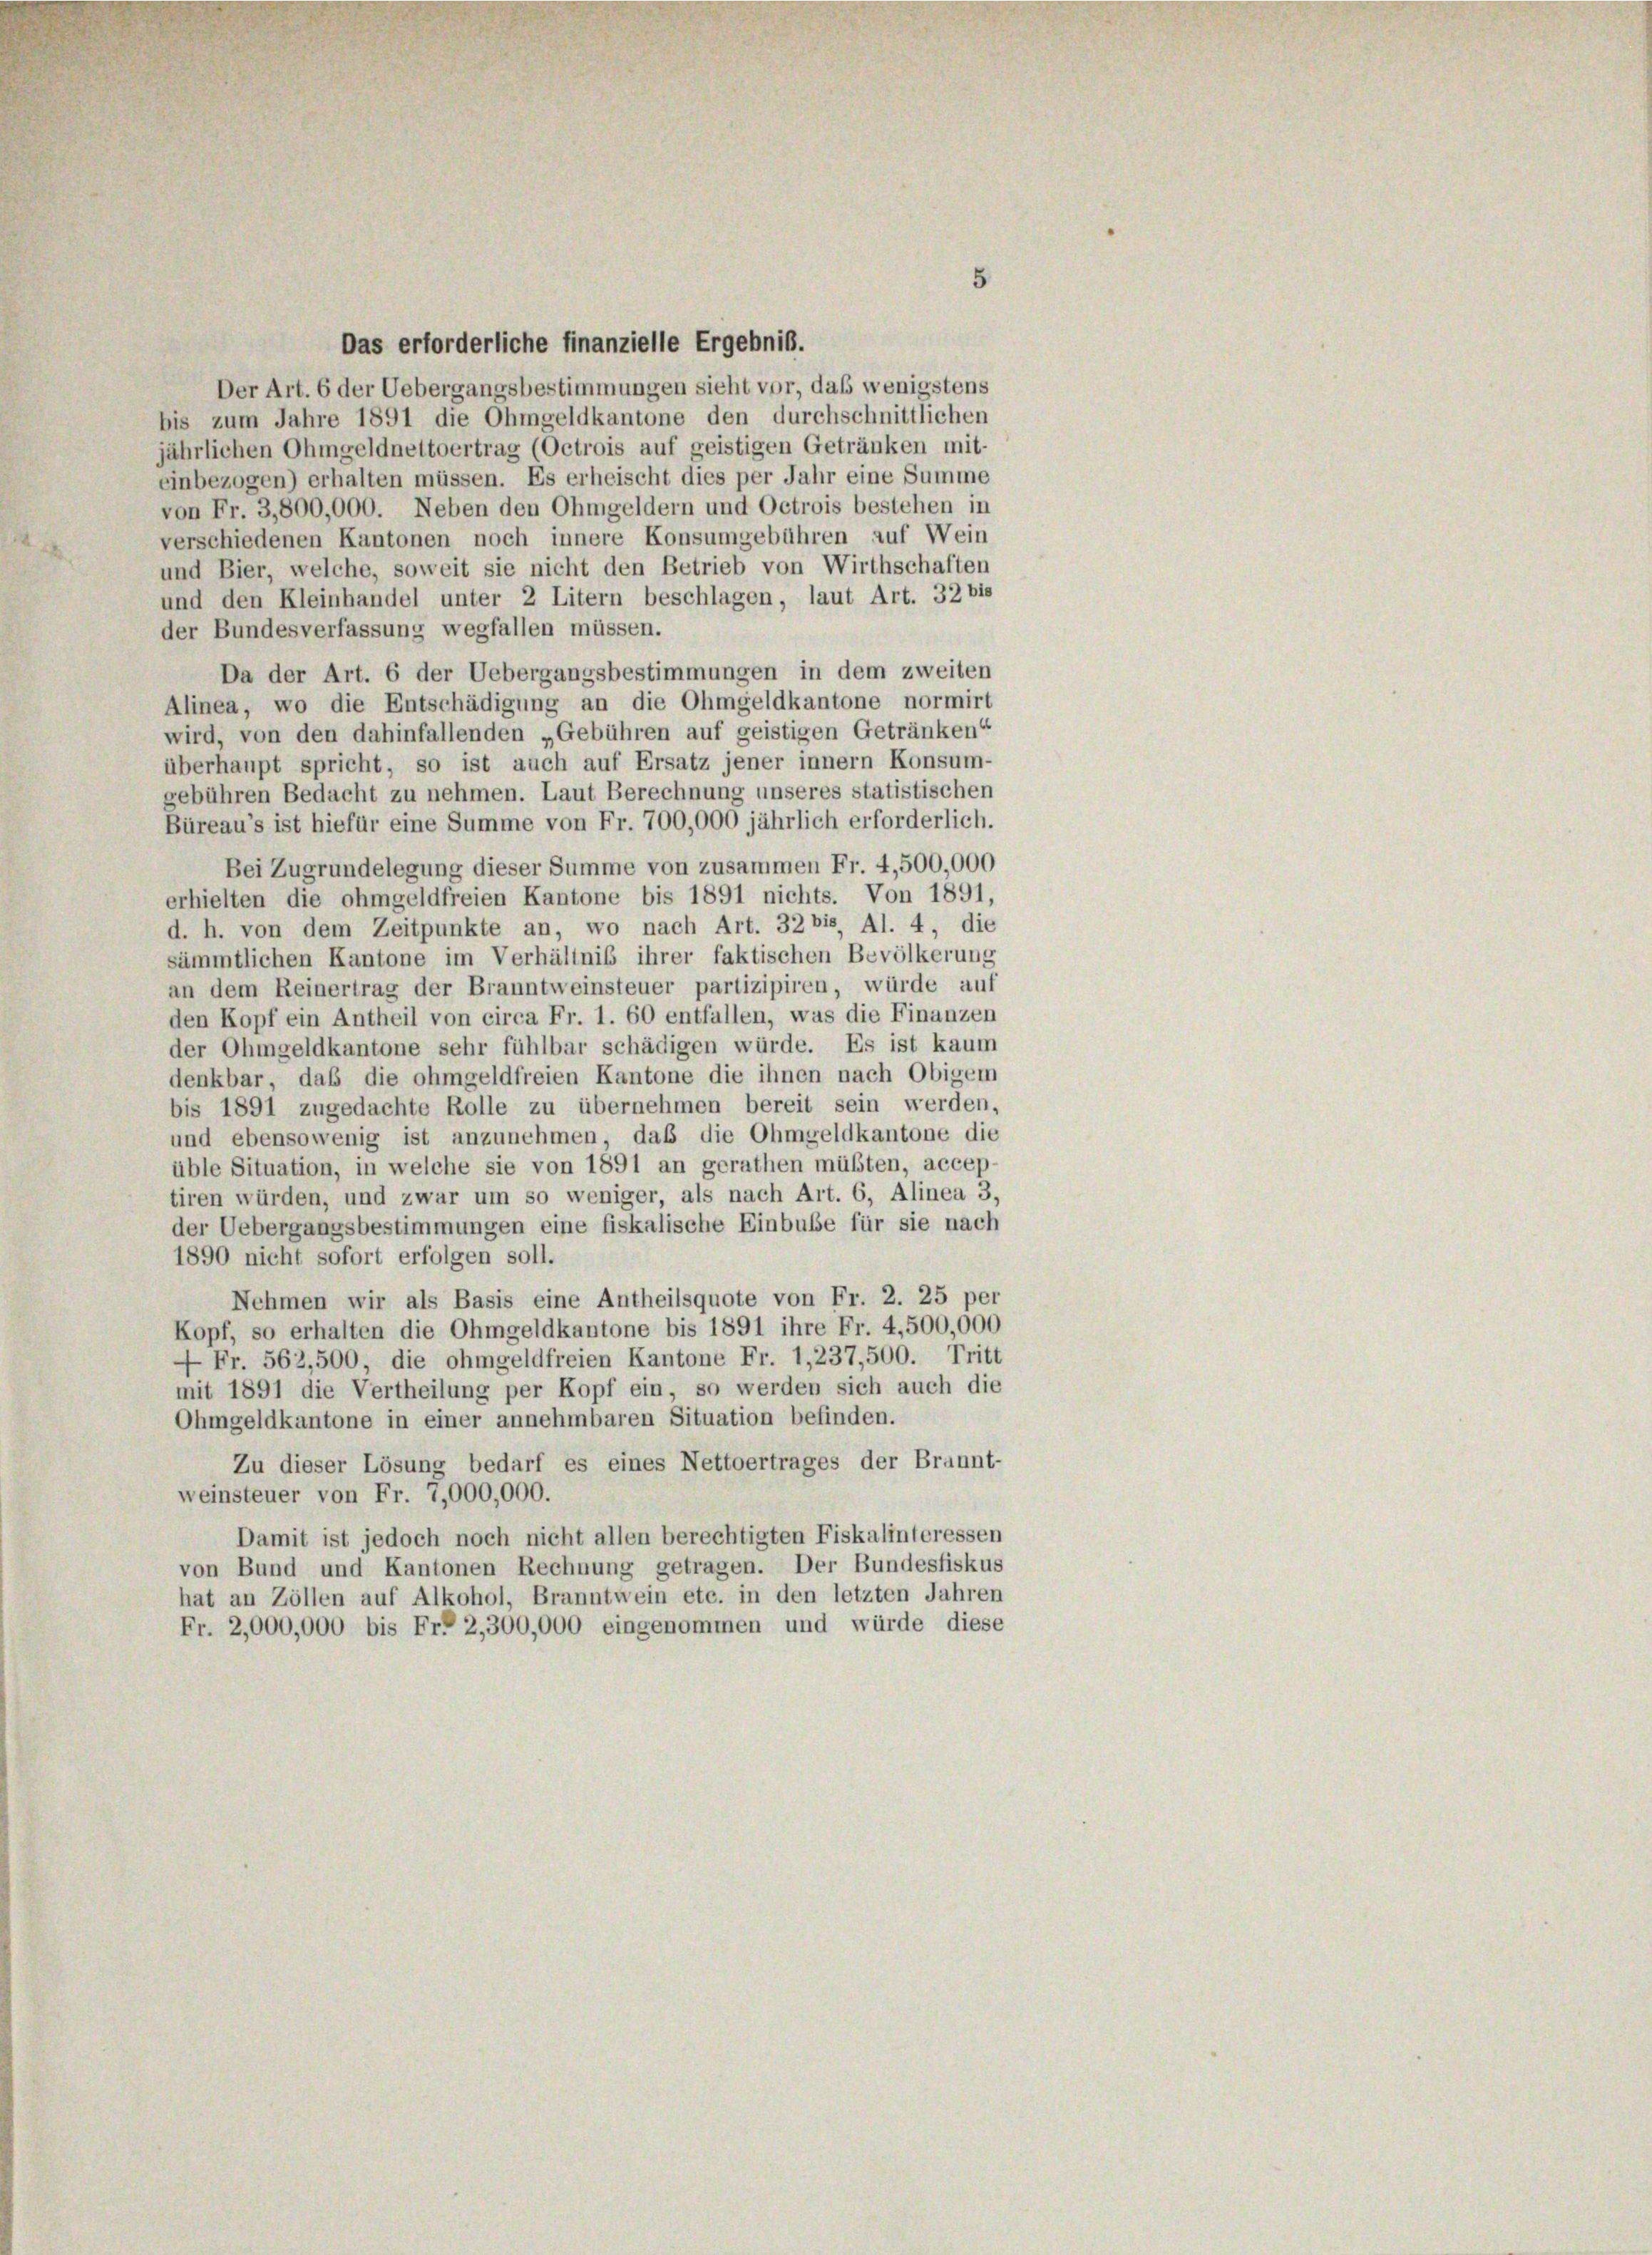
5

Das erforderliche finanzielle Ergebnis.
Der Art. 6 der Uebergangsbestimmungen sieht vor, daß wenigstens
bis zum Jahre 1891 die Ohmgeldkantone den durchschnittlichen
jährlichen Ohmgeldnettoertrag (Octrois auf geistigen Getränken mit-
einbezogen) erhalten müssen. Es erheischt dies per Jahr eine Summe
von Fr. 3,800,000. Neben den Ohmgeldern und Octrois bestehen in
verschiedenen Kantonen noch innere Konsumgebühren auf Wein
und Bier, welche, soweit sie nicht den Betrieb von Wirthschaften
und den Kleinhandel unter 2 Litern beschlagen, laut Art. 32 bis
der Bundesverfassung wegfallen müssen.
Da der Art. 6 der Uebergangsbestimmungen in dem zweiten
Alinea, wo die Entschädigung an die Ohmgeldkantone normirt
wird, von den dahinfallenden „Gebühren auf geistigen Getränken“
überhaupt spricht, so ist auch auf Ersatz jener innern Konsum-
gebühren Bedacht zu nehmen. Laut Berechnung unseres statistischen
Büreau’s ist hiefür eine Summe von Fr. 700,000 jährlich erforderlich.
Bei Zugrundelegung dieser Summe von zusammen Fr. 4,500,000
erhielten die ohmgeldfreien Kantone bis 1891 nichts. Von 1891,
d. h. von dem Zeitpunkte an, wo nach Art. 32 bis Al. 4, die
sämmtlichen Kantone im Verhältniß ihrer faktischen Bevölkerung
an dem Reinertrag der Branntweinsteuer partizipiren, würde auf
den Kopf ein Antheil von circa Fr. 1. 60 entfallen, was die Finanzen
der Ohmgeldkantone sehr fühlbar schädigen würde. Es ist kaum
denkbar, daß die ohmgeldfreien Kantone die ihnen nach Obigem
bis 1891 zugedachte Rolle zu übernehmen bereit sein werden,
und ebensowenig ist anzunehmen, daß die Ohmgeldkantone die
üble Situation, in welche sie von 1891 an gerathen müßten, accep-
tiren würden, und zwar um so weniger, als nach Art. 6, Alinea 3,
der Uebergangsbestimmungen eine fiskalische Einbuße für sie nach
1890 nicht sofort erfolgen soll.
Nehmen wir als Basis eine Antheilsquote von Fr. 2. 25 per
Kopf, so erhalten die Ohmgeldkantone bis 1891 ihre Fr. 4,500,000
 Fr. 562,500 die ohmgeldfreien Kantone Fr. 1, 237,500. Tritt
mit 1891 die Vertheilung per Kopf ein, so werden sich auch die
Ohmgeldkantone in einer annehmbaren Situation befinden.
Zu dieser Lösung bedarf es eines Nettoertrages der Brannt-
weinsteuer von Fr. 1,000,000.
Damit ist jedoch noch nicht allen berechtigten Fiskalinteressen
von Bund und Kantonen Rechnung getragen. Der Bundesfiskus
hat an Zöllen auf Alkohol, Branntwein etc. in den letzten Jahren
Fr. 2,000,000 bis Fr. 2,300,000 eingenommen und würde diese